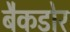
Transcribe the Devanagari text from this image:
बैकडोर